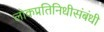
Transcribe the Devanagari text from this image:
लोकप्रतिनिधीसंबंधी